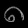
Digit: ၈